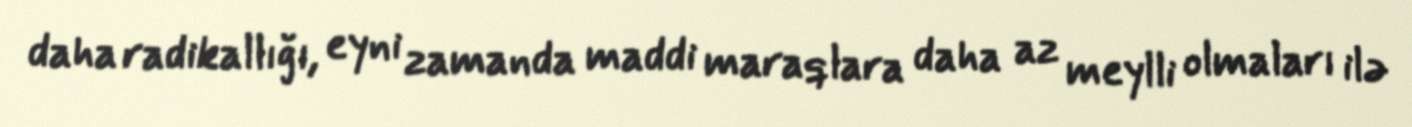
daha radikallığı, eyni zamanda maddi maraqlara daha az meylli olmaları ilə